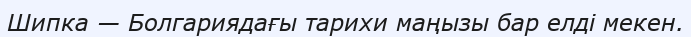
Шипка — Болгариядағы тарихи маңызы бар елді мекен.